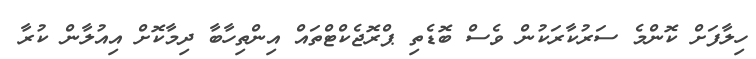
ހިލާފަށް ކޮންމެ ސަރުކާރަކުން ވެސް ބޮޑެތި ޕްރޮޖެކްޓްތައް އިންތިހާބާ ދިމާކޮށް އިއުލާން ކުރާ